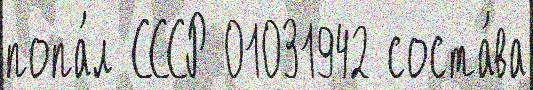
попа́л СССР 01031942 соста́ва